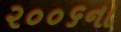
૨૦૦૬ના